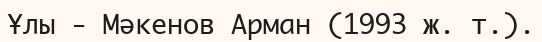
Ұлы - Мәкенов Арман (1993 ж. т.).